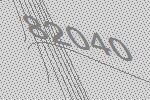
82040